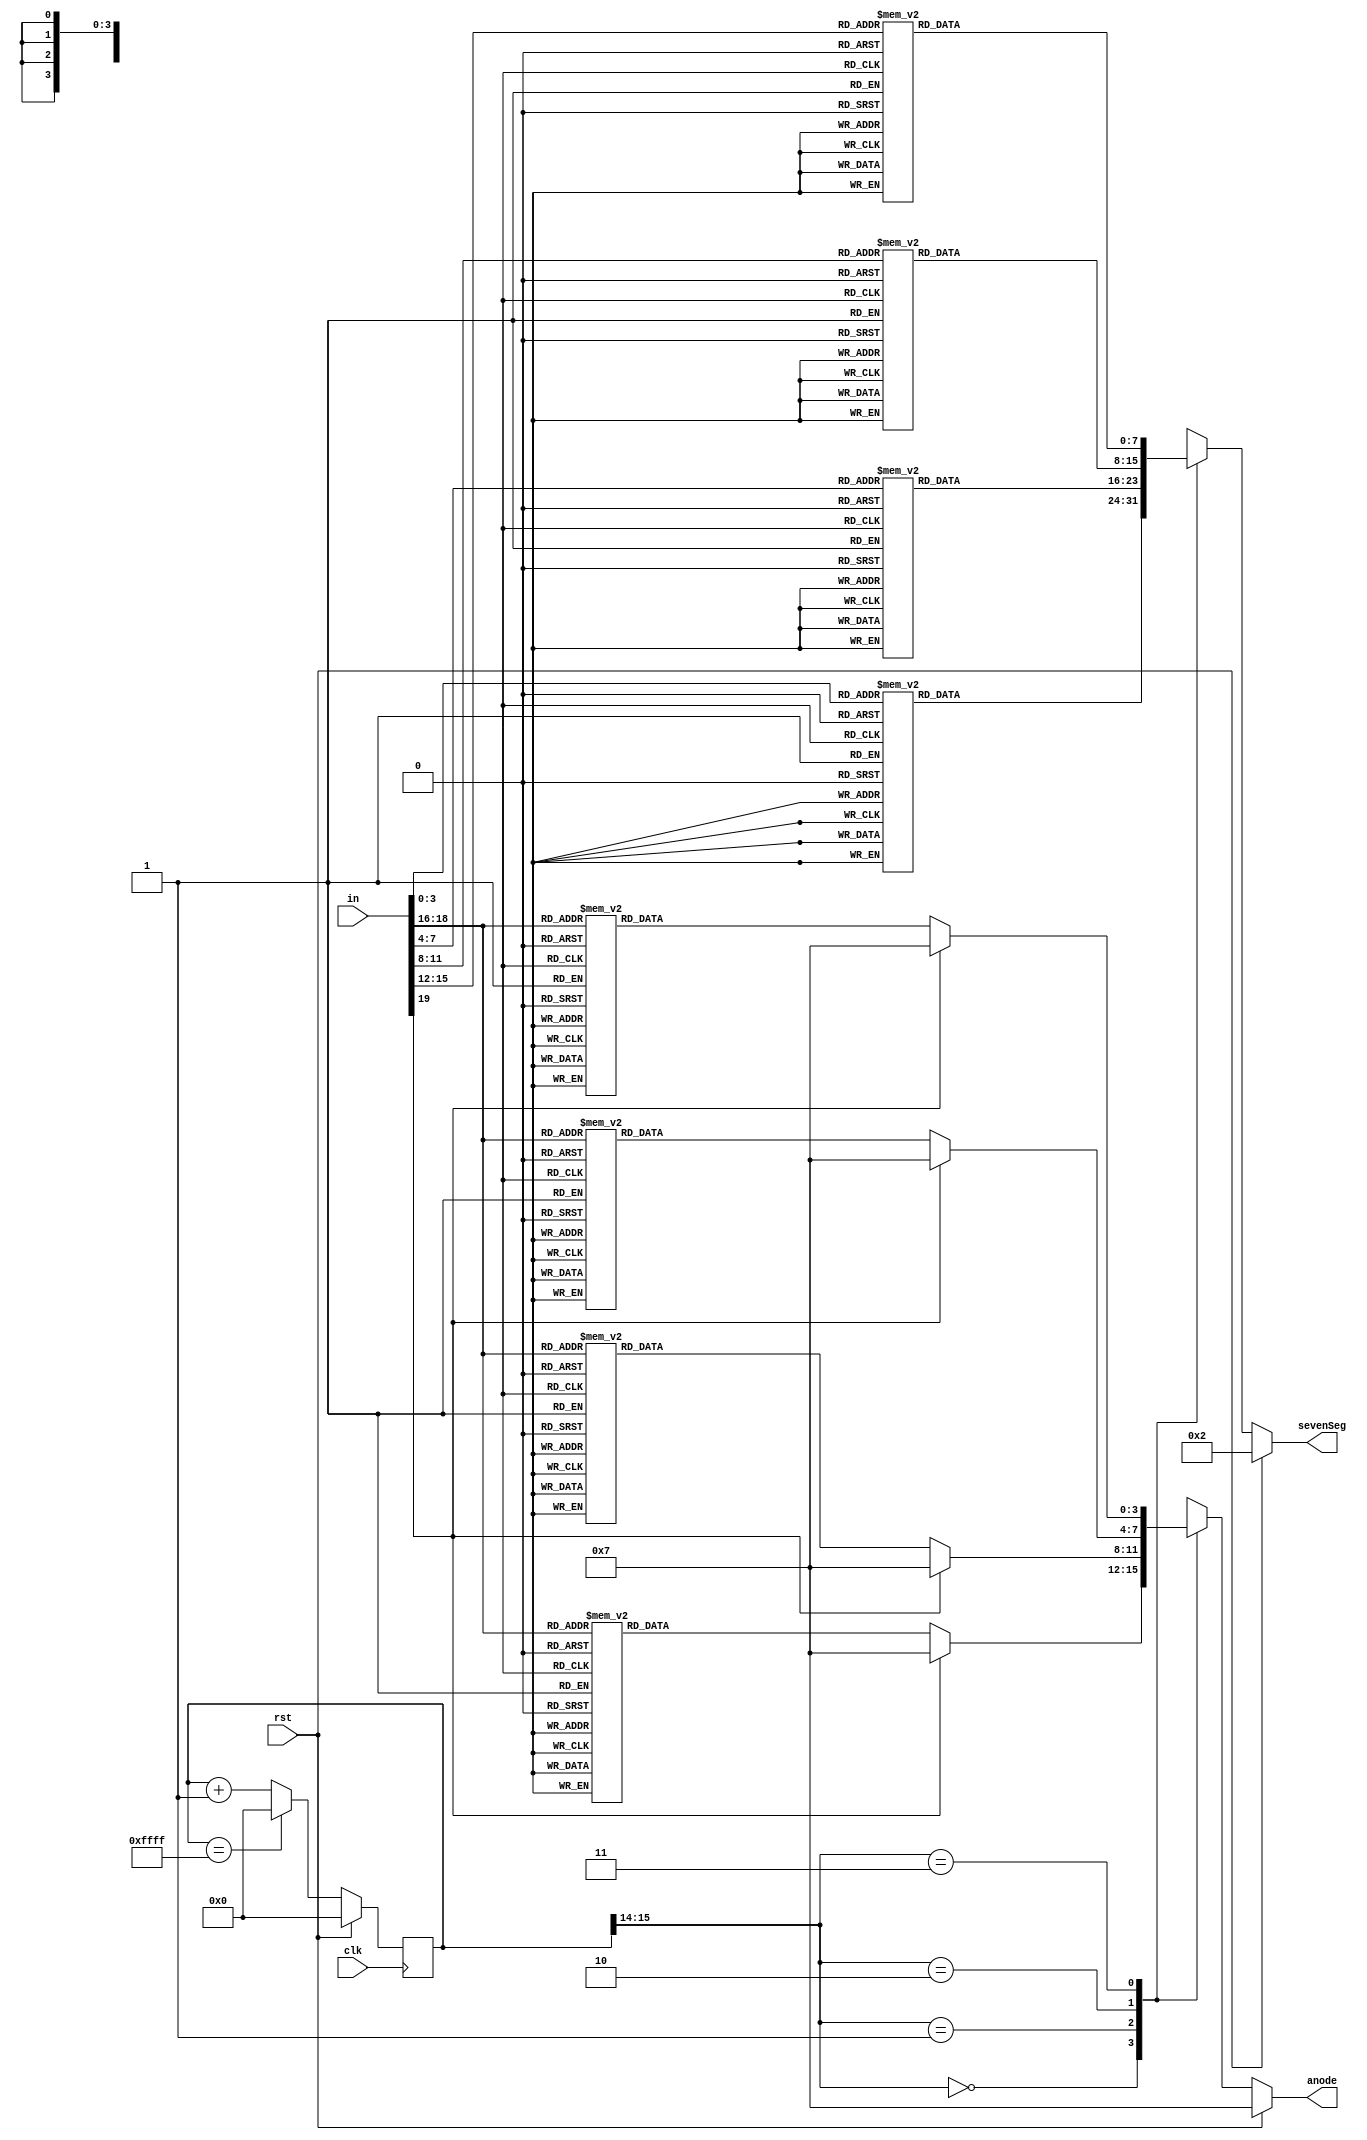
`timescale 1ns / 1ps
//////////////////////////////////////////////////////////////////////////////////
// Company: 
// Engineer: 
// 
// Design Name: 
// Module Name:    SevenSegFourDigwithEnable 
// Project Name: 
// Target Devices: 
// Tool versions: 
// Description: 
//
// Dependencies: 
//
// Revision: 
// Revision 0.01 - File Created
// Additional Comments: 
//
//////////////////////////////////////////////////////////////////////////////////
module SevenSegFourDigwithEnable(clk, rst, in, sevenSeg, anode);
	input rst, clk;
  input [19:0] in;
  output reg [7:0] sevenSeg;
  output reg [3:0] anode;
  reg [15:0] counter, counterNext;
  
  always @(posedge clk) begin
    counter <= #1 counterNext;
  end
  
  always @(*) begin
    sevenSeg = 8'b00000010;
	 anode=4'b0111;
	 counterNext=counter;
    if (rst) begin
      counterNext=0;
	 end else begin
		case (counter [15:14])
			0: begin
				case(in[19:16])
					0: anode=4'b1110;
					1: anode=4'b1101;
					2: anode=4'b1011;
					3: anode=4'b0111;
					4: anode=4'b1111;
					5: anode=4'b1111;
					6: anode=4'b1111;
					7: anode=4'b1111;
				endcase
				case(in[3:0])
					0: sevenSeg = 8'b00000010;  //0
					1: sevenSeg = 8'b10011110;  //1
					2: sevenSeg = 8'b00100100;  //2
					3: sevenSeg = 8'b00001100;  //3
					4: sevenSeg = 8'b10011000;  //4
					5: sevenSeg = 8'b01001000;  //5
					6: sevenSeg = 8'b01000000;  //6
					7: sevenSeg = 8'b00011110;  //7
					8: sevenSeg = 8'b00000000;  //8
					9: sevenSeg = 8'b00001000;  //9
					10: sevenSeg = 8'b00010000; //A
					11: sevenSeg = 8'b11000000; //b
					12: sevenSeg = 8'b01100010; //C
					13: sevenSeg = 8'b10000100; //d
					14: sevenSeg = 8'b01100000; //e
					15: sevenSeg = 8'b01110000; //f
				endcase 
			end
			1: begin
				case(in[19:16])
					0: anode=4'b1101;
					1: anode=4'b1011;
					2: anode=4'b0111;
					3: anode=4'b1111;
					4: anode=4'b1111;
					5: anode=4'b1111;
					6: anode=4'b1111;
					7: anode=4'b1110;
				endcase
				case(in[7:4])
					0: sevenSeg = 8'b00000010;  //0
					1: sevenSeg = 8'b10011110;  //1
					2: sevenSeg = 8'b00100100;  //2
					3: sevenSeg = 8'b00001100;  //3
					4: sevenSeg = 8'b10011000;  //4
					5: sevenSeg = 8'b01001000;  //5
					6: sevenSeg = 8'b01000000;  //6
					7: sevenSeg = 8'b00011110;  //7
					8: sevenSeg = 8'b00000000;  //8
					9: sevenSeg = 8'b00001000;  //9
					10: sevenSeg = 8'b00010000; //A
					11: sevenSeg = 8'b11000000; //b
					12: sevenSeg = 8'b01100010; //C
					13: sevenSeg = 8'b10000100; //d
					14: sevenSeg = 8'b01100000; //e
					15: sevenSeg = 8'b01110000; //f
				endcase
			end
			2: begin
				case(in[19:16])
					0: anode=4'b1011;
					1: anode=4'b0111;
					2: anode=4'b1111;
					3: anode=4'b0111;
					4: anode=4'b1111;
					5: anode=4'b1111;
					6: anode=4'b1110;
					7: anode=4'b1101;
				endcase
				case(in[11:8])
					0: sevenSeg = 8'b00000010;  //0
					1: sevenSeg = 8'b10011110;  //1
					2: sevenSeg = 8'b00100100;  //2
					3: sevenSeg = 8'b00001100;  //3
					4: sevenSeg = 8'b10011000;  //4
					5: sevenSeg = 8'b01001000;  //5
					6: sevenSeg = 8'b01000000;  //6
					7: sevenSeg = 8'b00011110;  //7
					8: sevenSeg = 8'b00000000;  //8
					9: sevenSeg = 8'b00001000;  //9
					10: sevenSeg = 8'b00010000; //A
					11: sevenSeg = 8'b11000000; //b
					12: sevenSeg = 8'b01100010; //C
					13: sevenSeg = 8'b10000100; //d
					14: sevenSeg = 8'b01100000; //e
					15: sevenSeg = 8'b01110000; //f
				endcase
			end
			3: begin
				case(in[19:16])
					0: anode=4'b0111;
					1: anode=4'b1111;
					2: anode=4'b1111;
					3: anode=4'b1111;
					4: anode=4'b1111;
					5: anode=4'b1110;
					6: anode=4'b1101;
					7: anode=4'b1011;
				endcase
				case(in[15:12])
					0: sevenSeg = 8'b00000010;  //0
					1: sevenSeg = 8'b10011110;  //1
					2: sevenSeg = 8'b00100100;  //2
					3: sevenSeg = 8'b00001100;  //3
					4: sevenSeg = 8'b10011000;  //4
					5: sevenSeg = 8'b01001000;  //5
					6: sevenSeg = 8'b01000000;  //6
					7: sevenSeg = 8'b00011110;  //7
					8: sevenSeg = 8'b00000000;  //8
					9: sevenSeg = 8'b00001000;  //9
					10: sevenSeg = 8'b00010000; //A
					11: sevenSeg = 8'b11000000; //b
					12: sevenSeg = 8'b01100010; //C
					13: sevenSeg = 8'b10000100; //d
					14: sevenSeg = 8'b01100000; //e
					15: sevenSeg = 8'b01110000; //f
				endcase
			end
		endcase
			if (counter == 16'b1111111111111111) begin
				counterNext = 0;
			end else begin
				counterNext = counter+1;
			end
		end
	end
	
endmodule